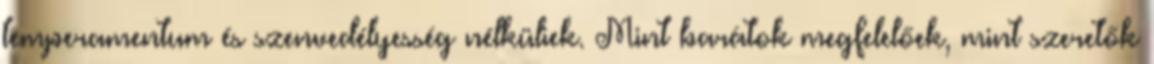
temperamentum és szenvedélyesség nélküliek. Mint barátok megfelelőek, mint szeretők